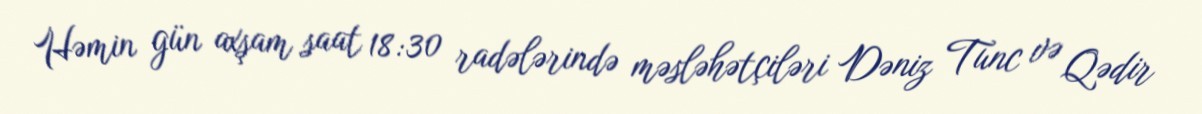
Həmin gün axşam saat 18:30 radələrində məsləhətçiləri Dəniz Tunc və Qədir